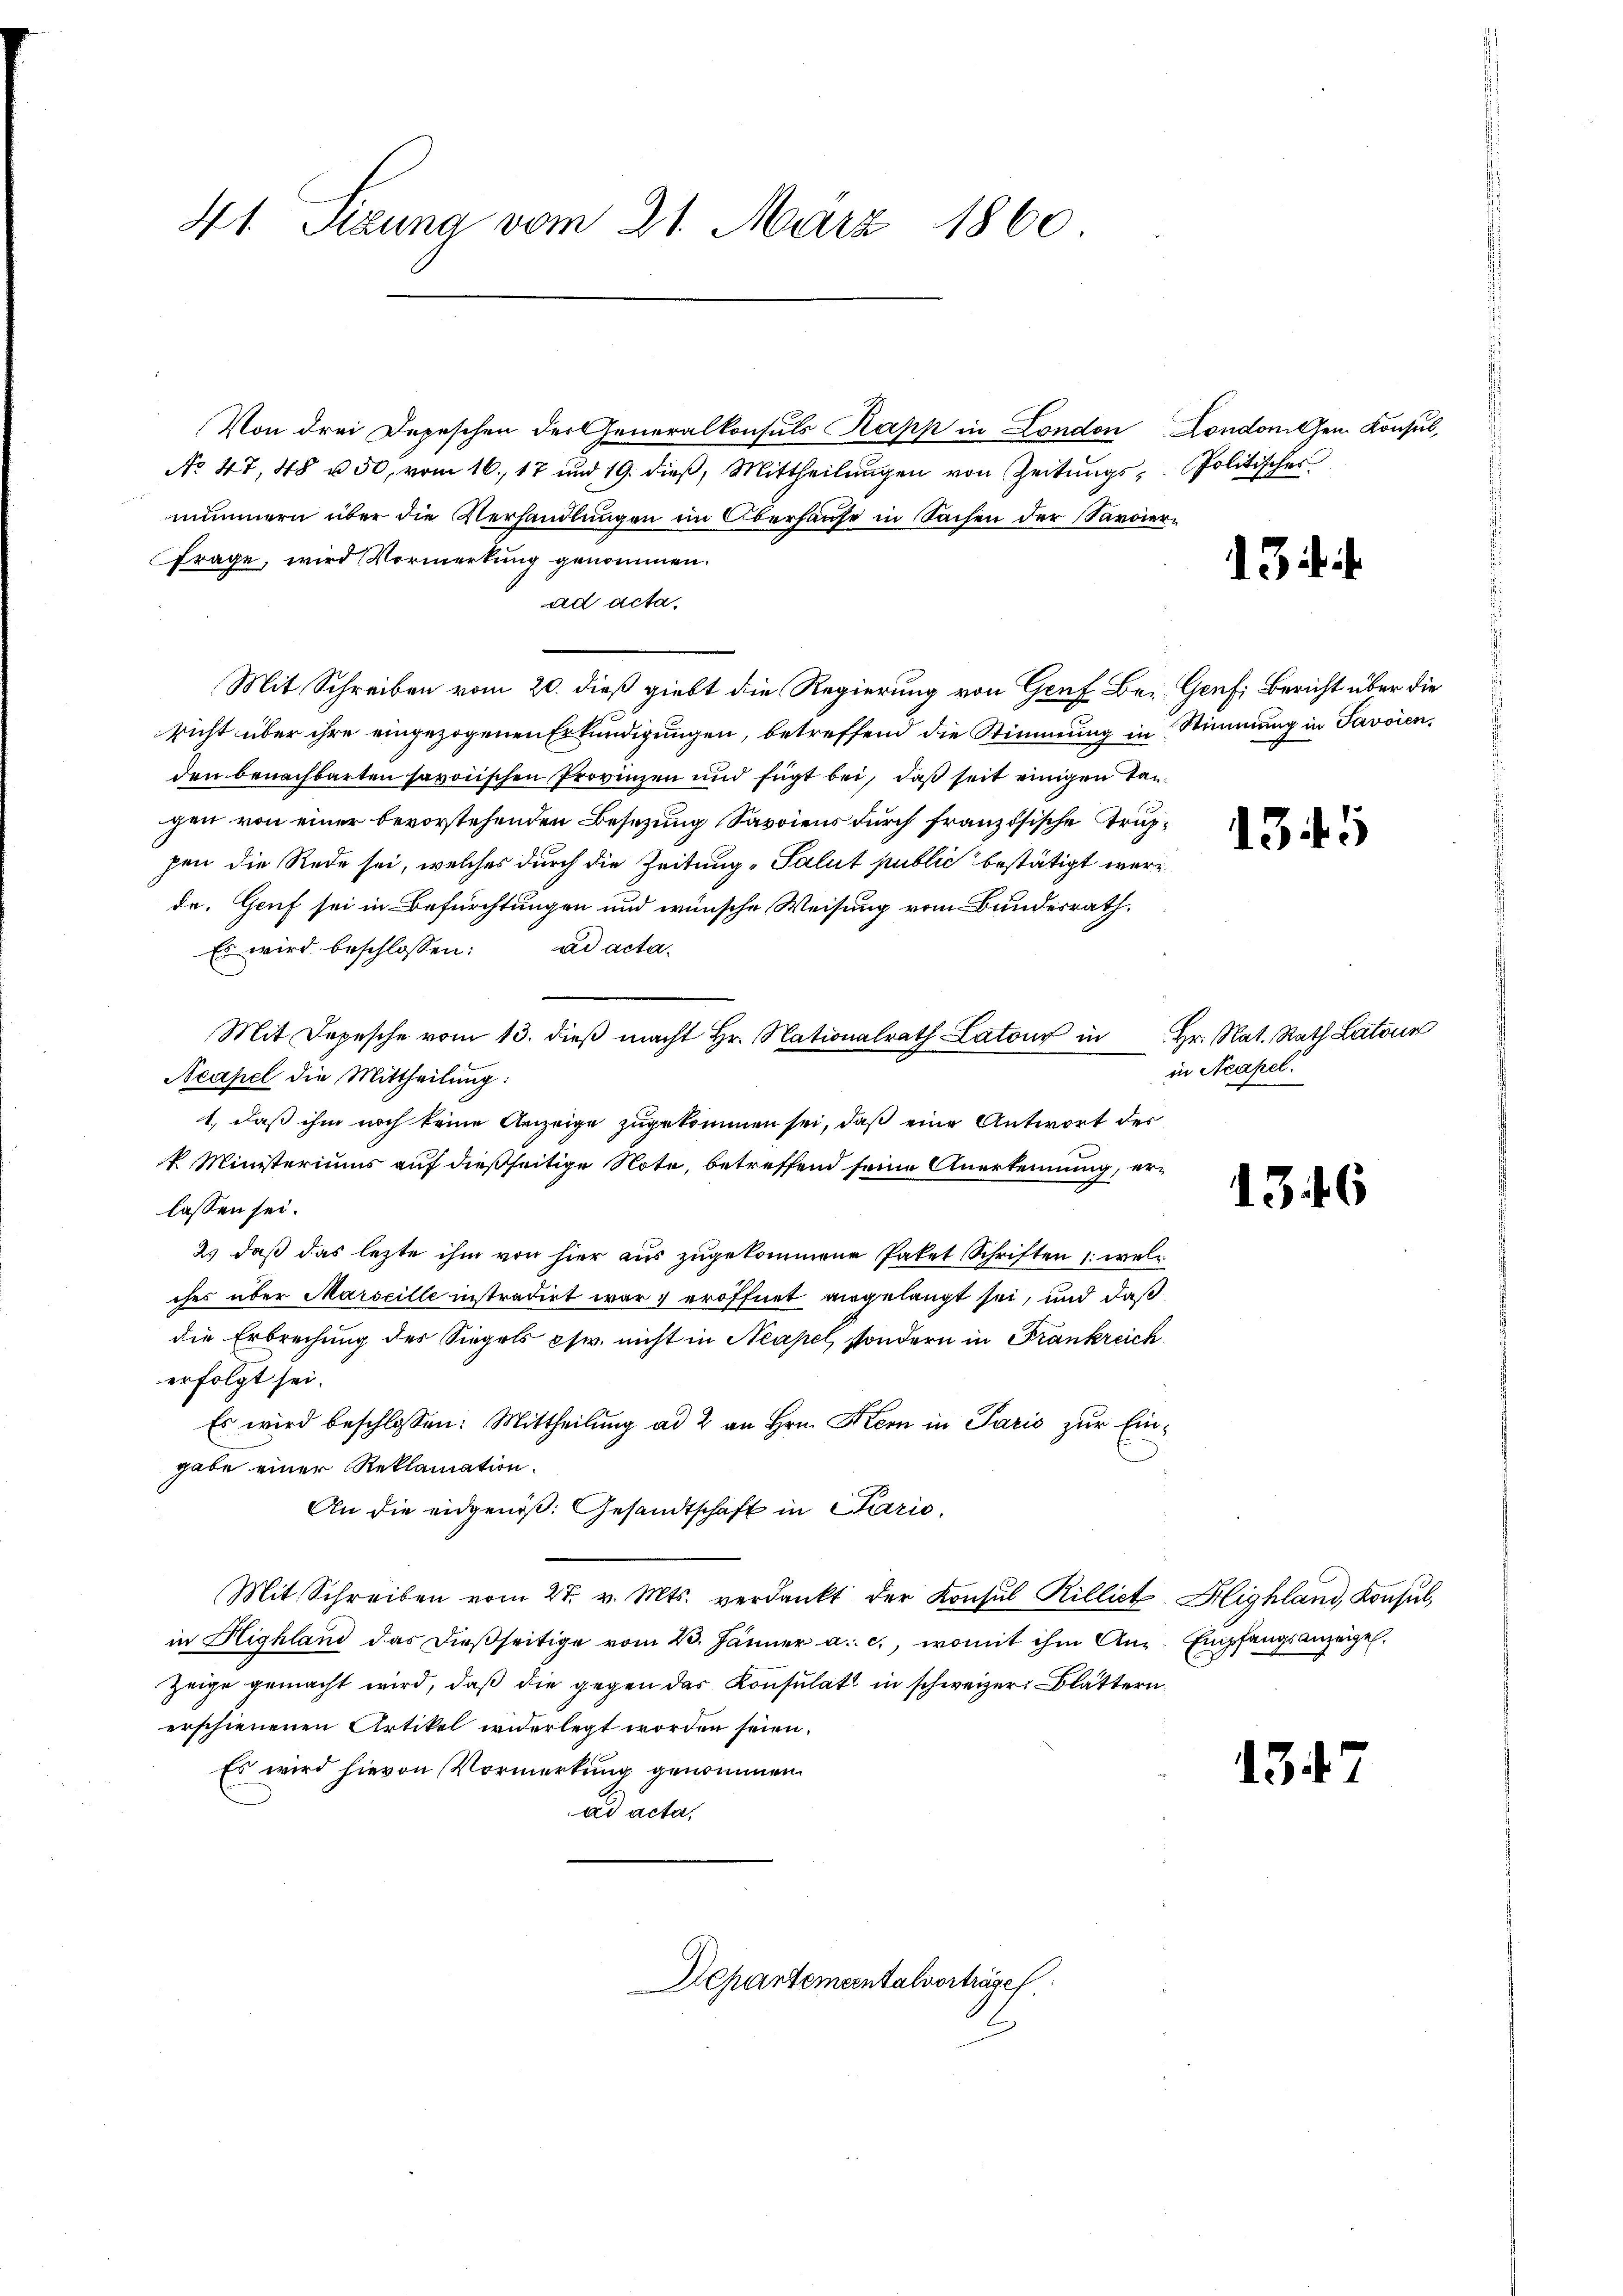
41. Sizung vom 21. März 1860

Von drei Depeschen der Generalkonsuls Kapp in London Londonem Konsul,
No 47, 48 u. 50, vom 16. 17 und 19. dieß, Mittheilungen von Zeitungsmimmern über die Verhandlungen im Oberhause in Sachen der Sarvier¬
Frage, wird Vormerkung genommen.
ad acta.
Mit Schreiben vom 20. dieß giebt die Regierung von Genf Be- Genf, Bericht über die
richt über ihre eingezogenen Erkundigungen, betreffend die Stimmung in Stimmung in Savoien,
den benachbarten savoiischen Provinzen und fügt bei, daß seit einigen Taggen von einer bevorstehenden Besetzung Savoiens durch französische Truppen die Rede sei, welches durch die Zeitung Salut public bestätigt werde. Genf sei in Befürchtungen und wünsche Weisung vom Bundesrath.
Es wird beschlossen: ad acta.
Mit Depesche vom 13. dieß macht Hr. Nationalrath Latour in
Neapel die Mittheilung:
1., daß ihm noch keine Anzeige zugekommen sei, daß eine Antwort des
k Ministeriums auf dießseitige Note, betreffend seine Anerkennung, erlassen sei.
2) daß das lezte ihm von hier aus zugekommene Paket Schriften 1. welc
ches über Marseille instradirt war, eröffnet angelangt sei, und daß
die Erbrechung der Siegels pfr. nicht in Neapel, sondern in Frankreich
erfolgt sei.
Es wird beschlossen: Mittheilung ad 2 an Hrn. Kern in Paris zur Eingabe einer Reklamation.
An die eidgenoß. Gesandtschaft in Paris
Mit Schreiben vom 27. v. Mts. verdankt der Konsul Rillict Highland, Konsul,
in Highland das dieβseitige vom 23. Jänner a. c., womit ihm Aug. Empfangsanzeigel.
Zeige gemacht wird, daß die gegen das Konsulat in schweizer Blättern.
erschienenen Artikel widerlegt worden seien.
Es wird hievon Vormerkung genommen.
ad acta,

Departementalvorträge

Politisches

13 f.

1345

Hr. Nat. Rath Lateur
in Neapel.

1346

13